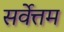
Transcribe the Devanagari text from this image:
सर्वेत्तम